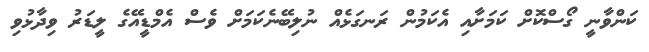
ކަންވާނީ ގޯސްކޮށް ކަމަށާއި އެކަމުން ރަނގަޅެއް ނުލިބޭނެކަމަށް ވެސް އެމްޑީއޭގެ ލީޑަރު ވިދާޅުވި